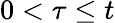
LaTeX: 0<\tau\leq t